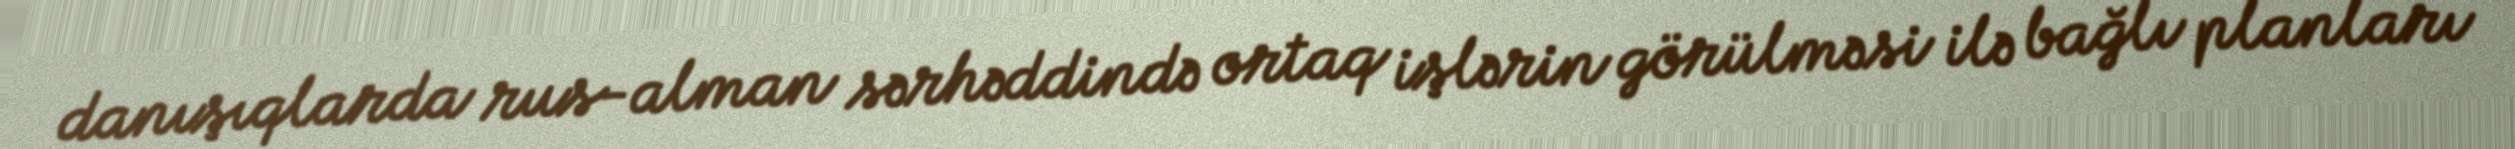
danışıqlarda rus-alman sərhəddində ortaq işlərin görülməsi ilə bağlı planları